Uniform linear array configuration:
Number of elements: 64
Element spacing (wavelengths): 0.5
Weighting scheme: cosine
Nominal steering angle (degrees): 45
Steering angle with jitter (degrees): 45.206
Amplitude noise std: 0.05
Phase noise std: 0.05

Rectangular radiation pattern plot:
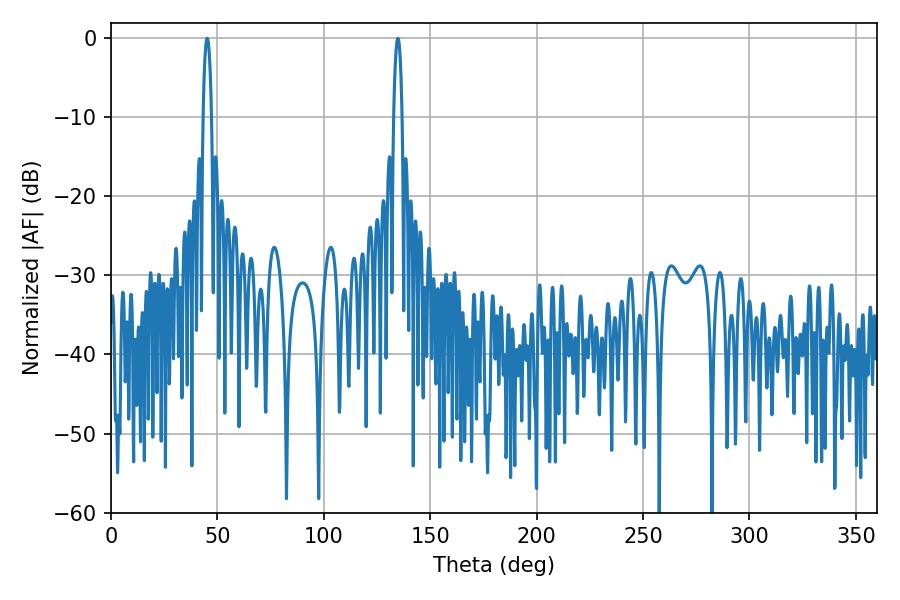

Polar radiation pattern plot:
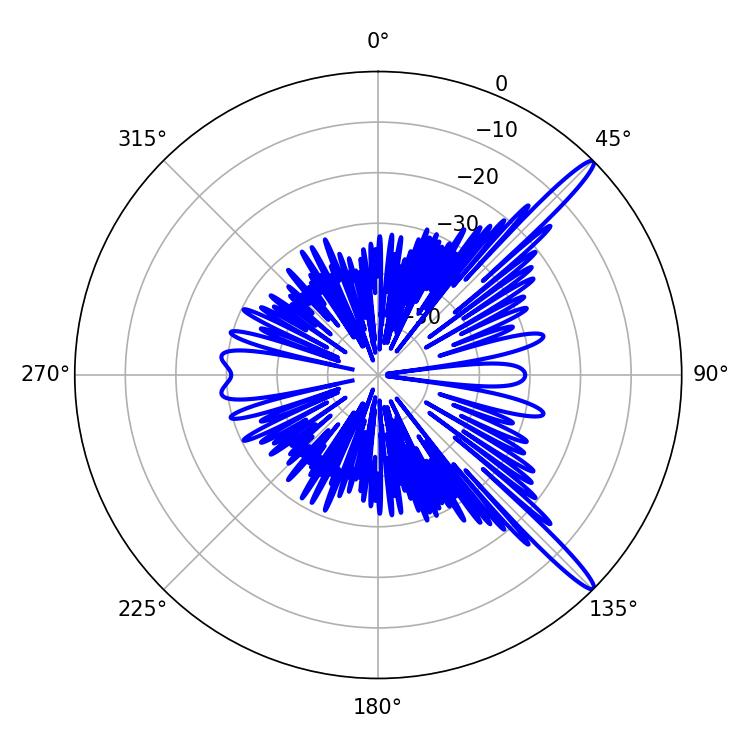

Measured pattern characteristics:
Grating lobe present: FALSE
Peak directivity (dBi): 15.012
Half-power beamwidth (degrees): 2.16
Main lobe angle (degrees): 45.18